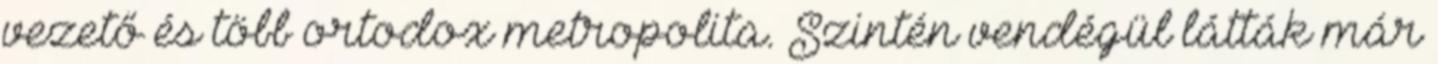
vezető és több ortodox metropolita. Szintén vendégül látták már